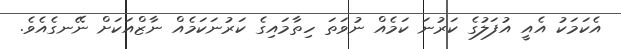
އެކަމަކު އެއީ އުފަލުގެ ކަރުނަ ކަމެއް ނުވަތަ ހިތާމައިގެ ކަރުނަކަމެއް ނާޒްއަކަށް ނޭނގެއެވެ.